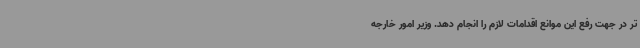
تر در جهت رفع این موانع اقدامات لازم را انجام دهد. وزیر امور خارجه